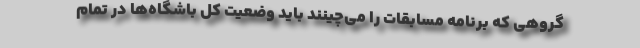
گروهی که برنامه مسابقات را می‌چینند باید وضعیت کل باشگاه‌ها در تمام